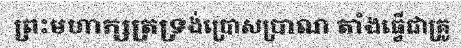
ព្រះមហាក្សត្រទ្រង់ប្រោសប្រាណ តាំងធ្វើជាគ្រូ